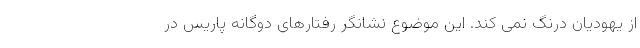
از یهودیان درنگ نمی کند. این موضوع نشانگر رفتارهای دوگانه پاریس در